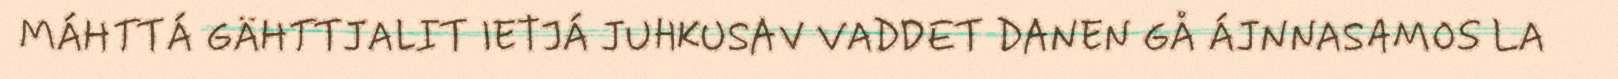
MÁHTTÁ GÄHTTJALIT IETJÁ JUHKUSAV VADDET DANEN GÅ ÁJNNASAMOS LA